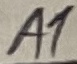
Text: A1